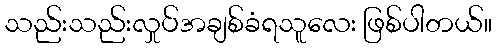
သည်းသည်းလှုပ်အချစ်ခံရသူလေး ဖြစ်ပါတယ်။